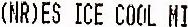
(NR)ES ICE COOL MI